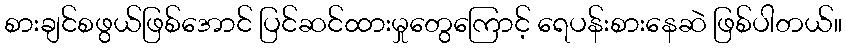
စားချင်စဖွယ်ဖြစ်အောင် ပြင်ဆင်ထားမှုတွေကြောင့် ရေပန်းစားနေဆဲ ဖြစ်ပါတယ်။